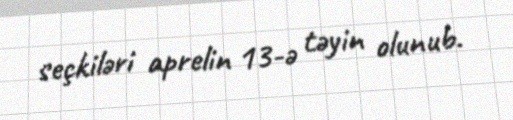
seçkiləri aprelin 13-ə təyin olunub.